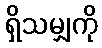
ရှိသမျှကို